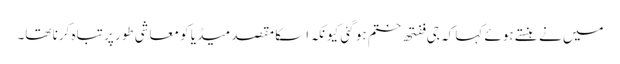
میں نے ہنستے ہوئے کہا کہ جی ففتھ ختم ہو گئی کیونکہ اسکا مقصد میڈیا کو معاشی طور پر تباہ کرنا تھا۔